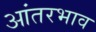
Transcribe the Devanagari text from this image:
आंतरभाव